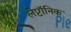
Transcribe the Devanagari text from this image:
लेप्टॉनिक